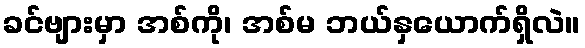
ခင်ဗျားမှာ အစ်ကို၊ အစ်မ ဘယ်နှယောက်ရှိလဲ။